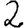
Digit: 2